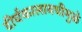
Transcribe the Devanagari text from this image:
दीर्घकालावधीमुळे